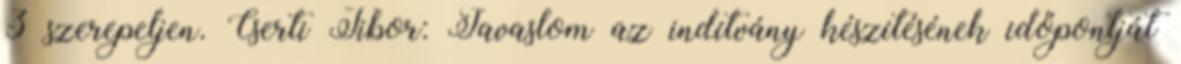
3 szerepeljen. Cserti Tibor: Javaslom az indítvány készítésének időpontját